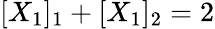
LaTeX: [X_{1}]_{1}+[X_{1}]_{2}=2